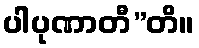
ပါပုဏာတီ”တိ။